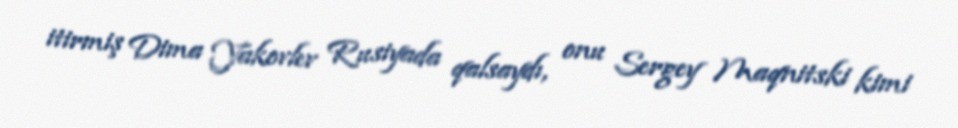
itirmiş Dima Yakovlev Rusiyada qalsaydı, onu Sergey Maqnitski kimi